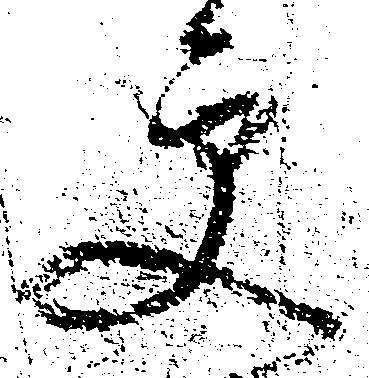
更